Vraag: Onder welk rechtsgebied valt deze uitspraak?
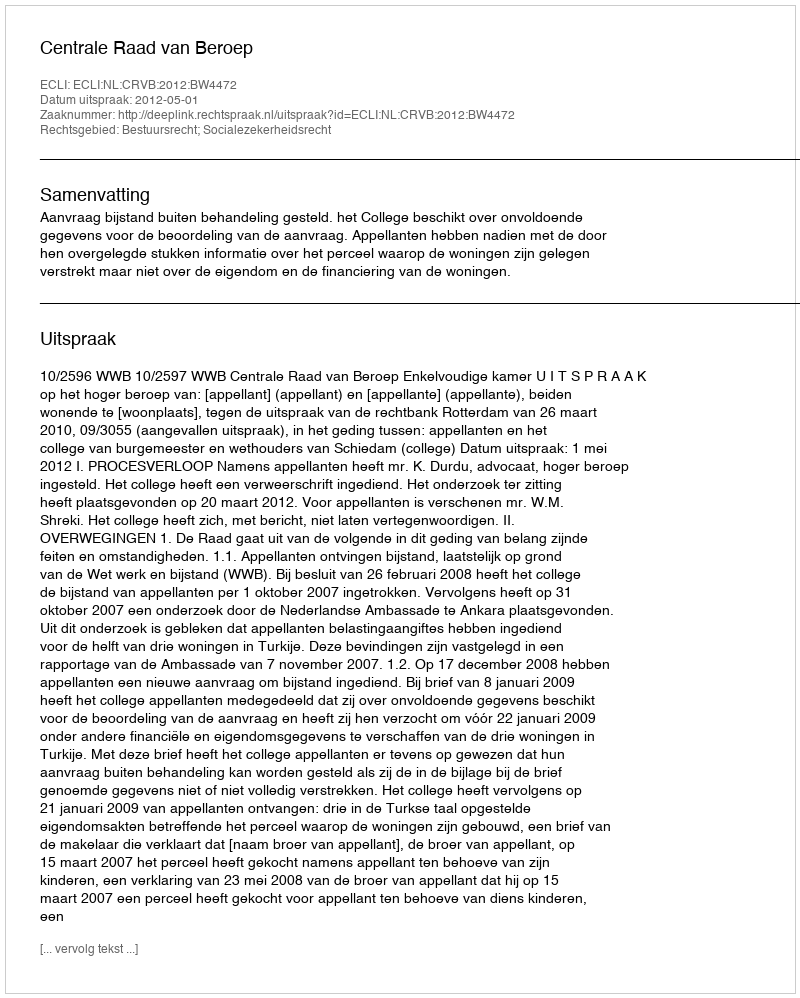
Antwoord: Bestuursrecht; Socialezekerheidsrecht